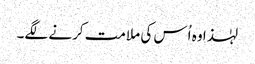
‏ لہٰذا وہ اُس کی ملامت کرنے لگے۔